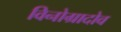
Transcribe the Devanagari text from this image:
विनोग्रादोव